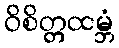
ဝိစိတ္တထမ္ဘံ